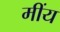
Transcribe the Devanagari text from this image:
मींय